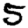
Digit: 5